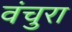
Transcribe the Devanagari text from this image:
वंचुरा